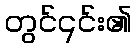
တွင်၎င်း၏